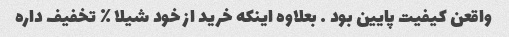
واقعن کیفیت پایین بود … بعلاوه اینکه خرید از خود شیلا ٪ تخفیف داره